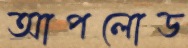
আপলোড